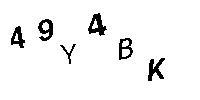
49Y4BK